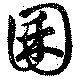
囷